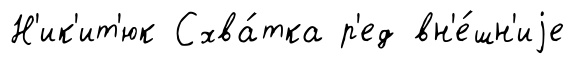
Н'ик'ит'юк Схва́тка р'ед вн'е́шн'иjе